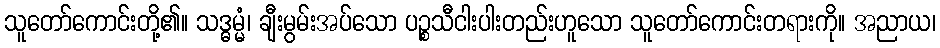
သူတော်ကောင်းတို့၏။ သဒ္ဓမ္မံ၊ ချီးမွမ်းအပ်သော ပဉ္စသီငါးပါးတည်းဟူသော သူတော်ကောင်းတရားကို။ အညာယ၊